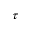
\tau